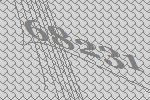
68231